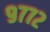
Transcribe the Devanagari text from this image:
९७७२